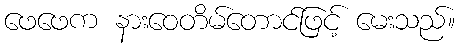
ဖေဖေက နားဝေတိမ်တောင်ဖြင့် မေးသည်။